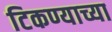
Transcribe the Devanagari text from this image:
टिकण्याच्या